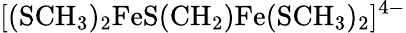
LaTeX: [\mathrm{(SCH_{3})_{2}FeS(CH_{2})Fe(SCH_{3})_{2}}]^{4-}